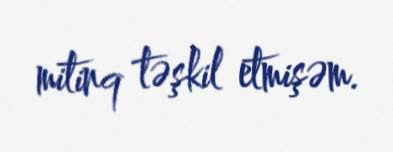
mitinq təşkil etmişəm.